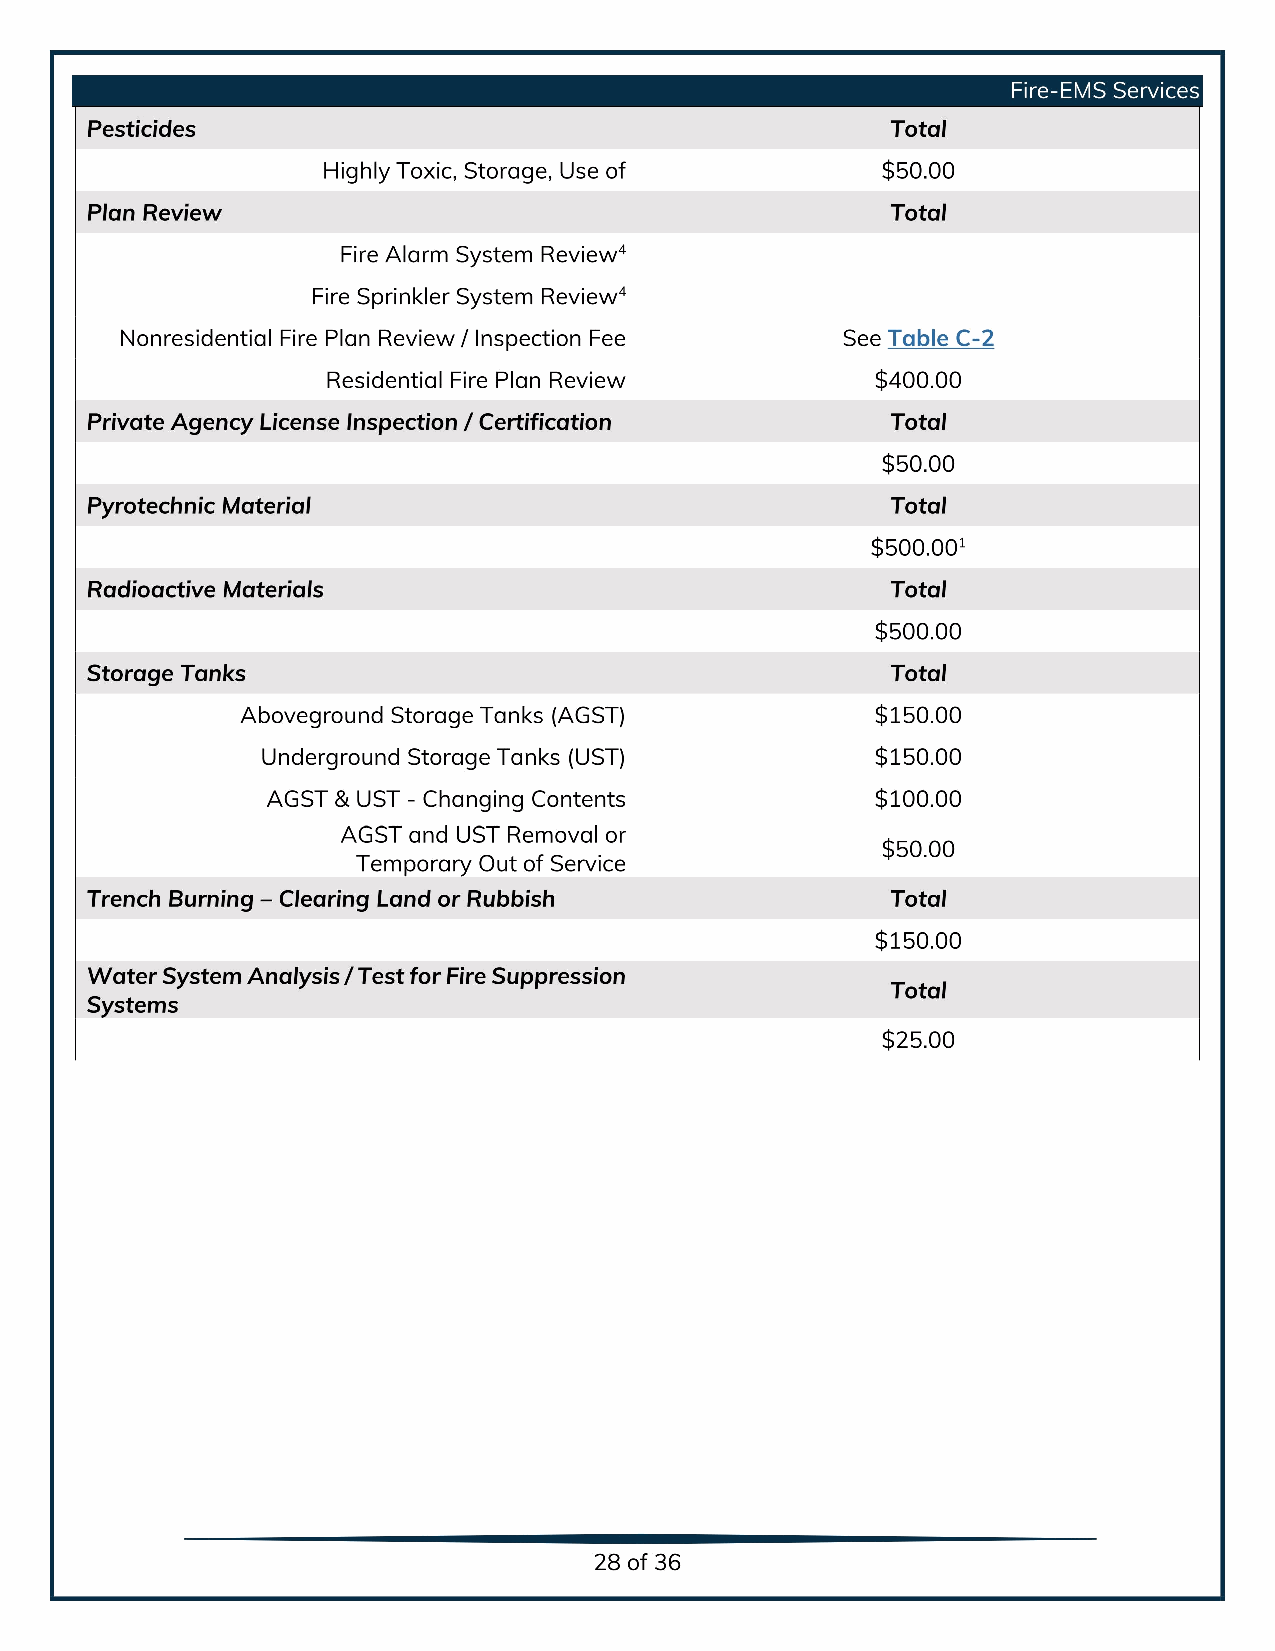
Fire-EMS Services
 Pesticides                                           Total
 Highly Toxic, Storage, Use of $       50.00
 Plan Review                                          Total
 Fire Alarm System Review4
 Fire Sprinkler System Review4
 Nonresidential Fire Plan Review / Inspection Fee See Table C-2
 Residential Fire Plan Review $       400.00
 Private Agency License Inspection / Certification    Total
 50.00
 Pyrotechnic Material                                 Total
 500.001
 Radioactive Materials                                Total
 500.00
 Storage Tanks                                        Total
 Aboveground Storage Tanks (AGST) $         150.00
 Underground Storage Tanks (UST) $         150.00
 AGST & UST - Changing Contents $         100.00
 AGST and UST Removal or
 50.00
 Temporary Out of Service $
 Trench Burning – Clearing Land orRubbish             Total
 150.00
 Water System Analysis / TestforFireSuppression
 Total
 Systems
 25.00
 28of36